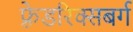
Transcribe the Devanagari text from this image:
फ़्रेडरिक्सबर्ग